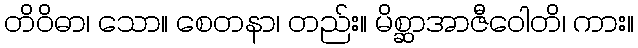
တိဝိဓာ၊ သော။ စေတနာ၊ တည်း။ မိစ္ဆာအာဇီဝေါတိ၊ ကား။